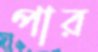
পার